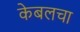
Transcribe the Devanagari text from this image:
केबलचा